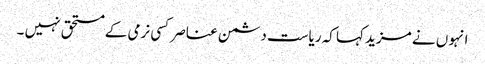
انہو ں نے مزید کہا کہ ریاست دشمن عناصر کسی نرمی کے مستحق نہیں ۔